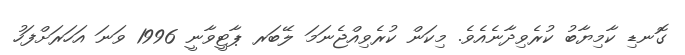
ގޮނޑި ކާމިޔާބު ކުރެވިދާނެއެވެ. މިކަން ކުރެވިއްޖެނަމަ ލޭބަރ ޕާޓީވާނީ 1996 ވަނަ އަހަރަށްފަހު